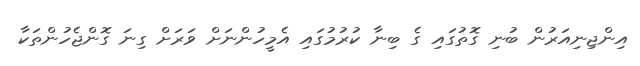
އިންޖިނިއަރުން ބުނި ގޮތުގައި ގެ ބިނާ ކުރުމުގައި އެމީހުންނަށް ވަރަށް ގިނަ ގޮންޖެހުންތަކާ